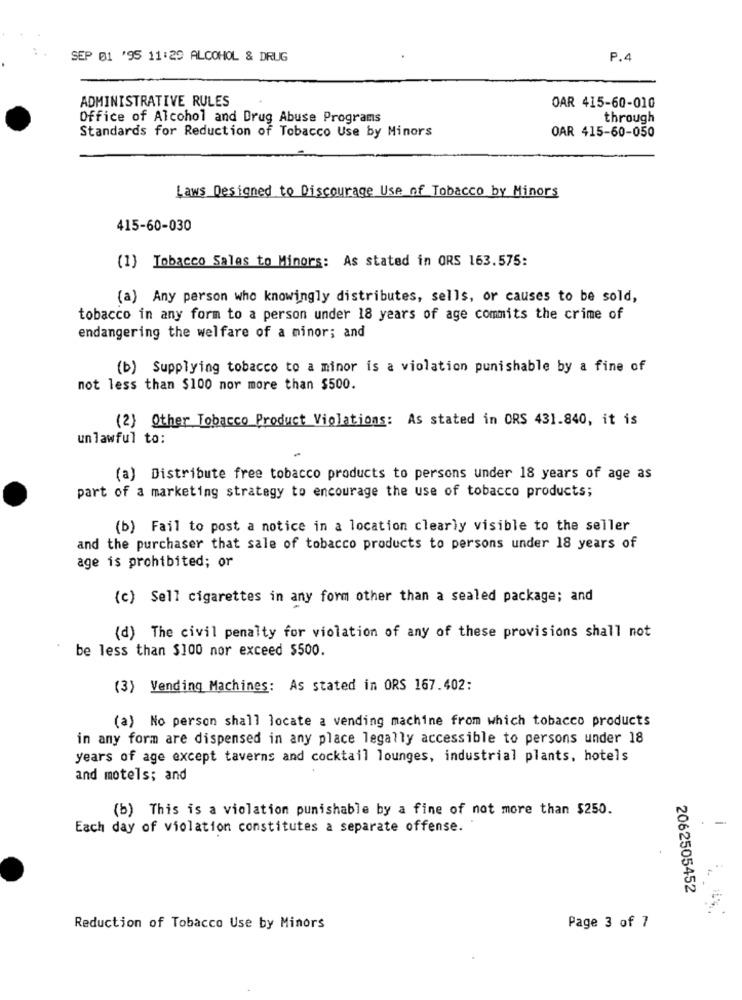
SEP 01 '95 11:29 ALCOHOL & DRUG
P.4
ADMINISTRATIVE RULES
OAR 415-60-010
Office of Alcohol and Drug Abuse Programs
through
Standards for Reduction of Tobacco Use by Minors
OAR 415-60-050
Laws Designed to Discourage Use of Tobacco by Minors
415-60-030
(1) Tobacco Salas to Minors: As stated in ORS 163.575:
(a) Any person who knowingly distributes, sells, or causes to be sold,
tobacco in any form to a person under 18 years of age commits the crime of
endangering the welfare of a minor; and
(b) Supplying tobacco to a minor is a violation punishable by a fine of
not less than $100 nor more than $500.
(2) Other Tobacco Product Violations: As stated in ORS 431.840, it is
unlawful to:
(a) Distribute free tobacco products to persons under 18 years of age as
part of a marketing strategy to encourage the use of tobacco products;
(b) Fail to post a notice in a location clearly visible to the seller
and the purchaser that sale of tobacco products to persons under 18 years of
age is prohibited; or
(c) Sell cigarettes in any form other than a sealed package; and
(d) The civil penalty for violation of any of these provisions shall not
be less than $100 nor exceed $500.
(3) Vending Machines: As stated in ORS 167.402:
(a) No person shall locate a vending machine from which tobacco products
in any form are dispensed in any place legally accessible to persons under 18
years of age except taverns and cocktail lounges, industrial plants, hotels
and motels; and
(b) This is a violation punishable by a fine of not more than $250.
Each day of violation constitutes a separate offense.
2062505452
Reduction of Tobacco Use by Minors
Page 3 of 7